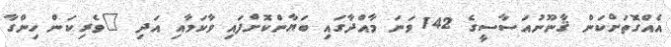
އެއްގޮތަށްކަން ޤާނޫނުއަސާސީގެ 142 ވަނަ މާއްދާގައި ބަޔާންކޮށްފައި ވާކަމާއި އަދި "ވެރިކަން ހިންގާ